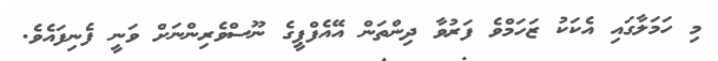
މި ހަމަލާގައި އެކަކު ޒަހަމްވެ ފަރުވާ ދިންތަން އޭއެފްޕީގެ ނޫސްވެރިންނަށް ވަނީ ފެނިފައެވެ.